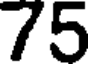
75